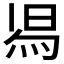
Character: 𭴷